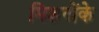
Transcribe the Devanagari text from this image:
मिशनोंके